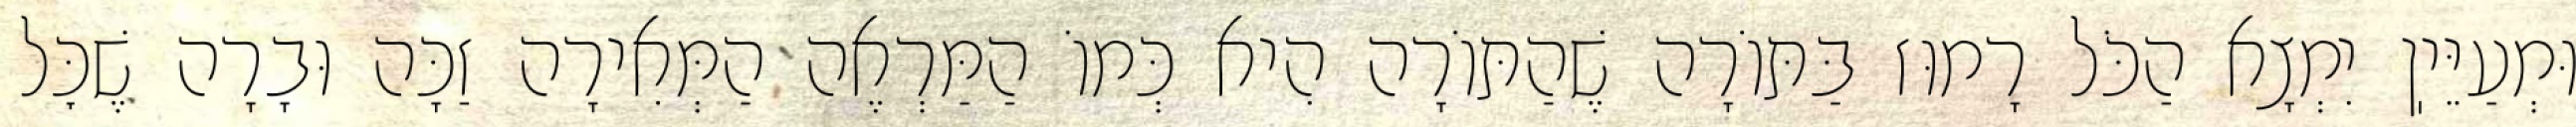
וּמְעַיֵּיֽן יִמְצָא הַכֹּל רָמוּז בַּתּוֹרָה שֶׁהַתּוֹרָה הִיא כְּמוֹ הַמַּרְאֶה הַמְּאִירָה זַכָּה וּבָרָה שֶׁכׇּל